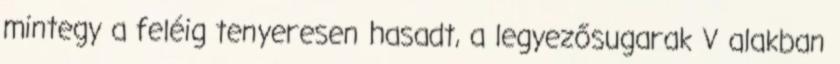
mintegy a feléig tenyeresen hasadt, a legyezősugarak V alakban